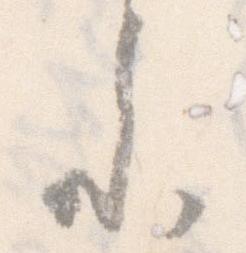
参